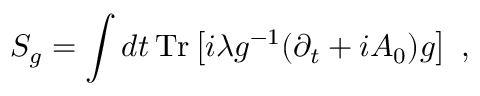
{ \cal S } _ { g } = \int d t \, \mathrm { T r } \left[ i \lambda g ^ { - 1 } ( \partial _ { t } + i A _ { 0 } ) g \right] ~ ,